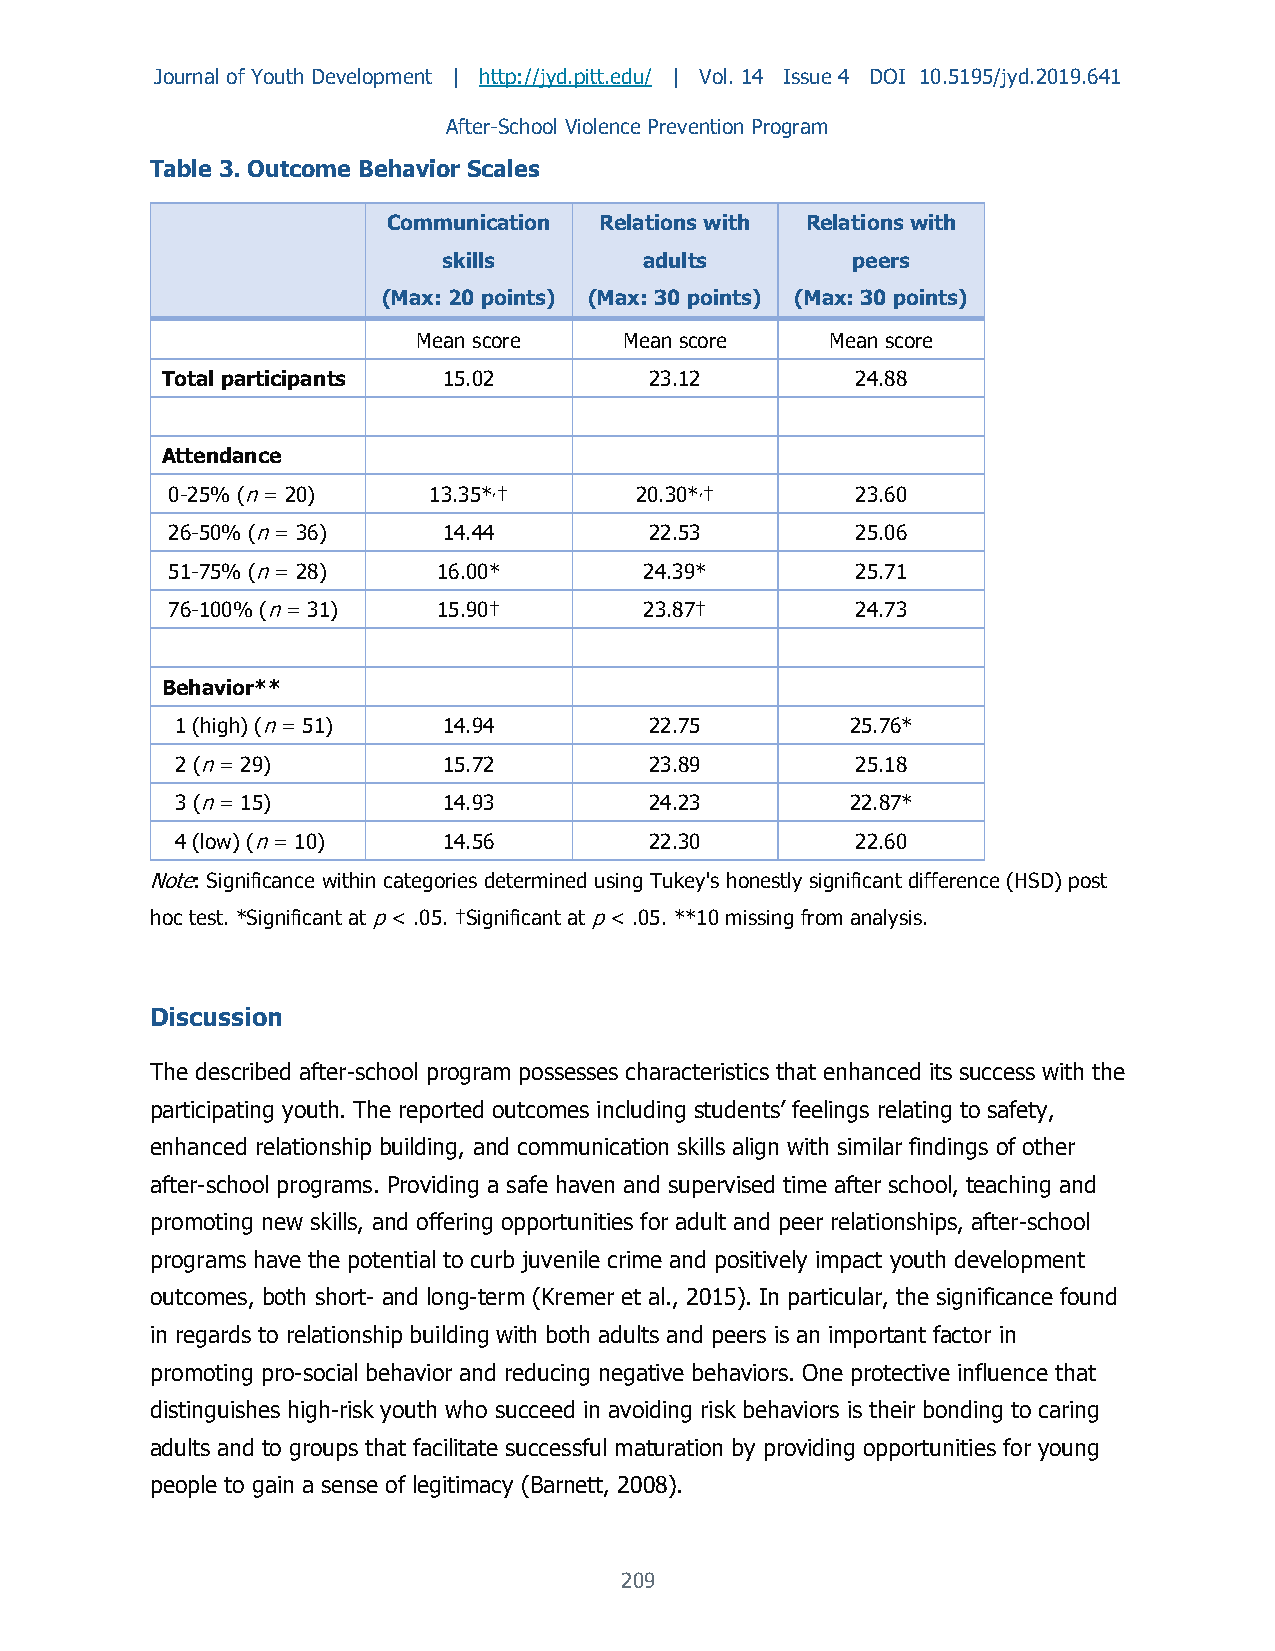
Journal of Youth Development | http://jyd.pitt.edu/ | Vol. 14 Issue 4 DOI 10.5195/jyd.2019.641
 After-School Violence Prevention Program
 Table 3. Outcome Behavior Scales
 Communication Relations with Relations with
 skills        adults       peers
 (Max: 20 points) (Max: 30 points) (Max: 30 points)
 Mean score   Mean score    Mean score
 Total participants 15.02        23.12         24.88
 Attendance
 0-25% (n = 20)   13.35*,†      20.30*,†       23.60
 26-50% (n = 36)   14.44         22.53         25.06
 51-75% (n = 28)   16.00*        24.39*        25.71
 76-100% (n = 31)  15.90†        23.87†        24.73
 Behavior**
 1 (high) (n = 51) 14.94        22.75        25.76*
 2 (n = 29)       15.72         23.89         25.18
 3 (n = 15)       14.93         24.23        22.87*
 4 (low) (n = 10) 14.56         22.30         22.60
 Note: Significance within categories determined using Tukey's honestly significant difference (HSD) post
 hoc test. *Significant at p < .05. †Significant at p < .05. **10 missing from analysis.
 Discussion
 The described after-school program possesses characteristics that enhanced its success with the
 participating youth. The reported outcomes including students’ feelings relating to safety,
 enhanced relationship building, and communication skills align with similar findings of other
 after-school programs. Providing a safe haven and supervised time after school, teaching and
 promoting new skills, and offering opportunities for adult and peer relationships, after-school
 programs have the potential to curb juvenile crime and positively impact youth development
 outcomes, both short- and long-term (Kremer et al., 2015). In particular, the significance found
 in regards to relationship building with both adults and peers is an important factor in
 promoting pro-social behavior and reducing negative behaviors. One protective influence that
 distinguishes high-risk youth who succeed in avoiding risk behaviors is their bonding to caring
 adults and to groups that facilitate successful maturation by providing opportunities for young
 people to gain a sense of legitimacy (Barnett, 2008).
 209